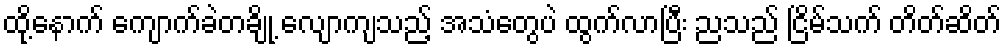
ထို့နောက် ကျောက်ခဲတချို့ လျောကျသည့် အသံတွေပဲ ထွက်လာပြီး ညသည် ငြိမ်သက် တိတ်ဆိတ်